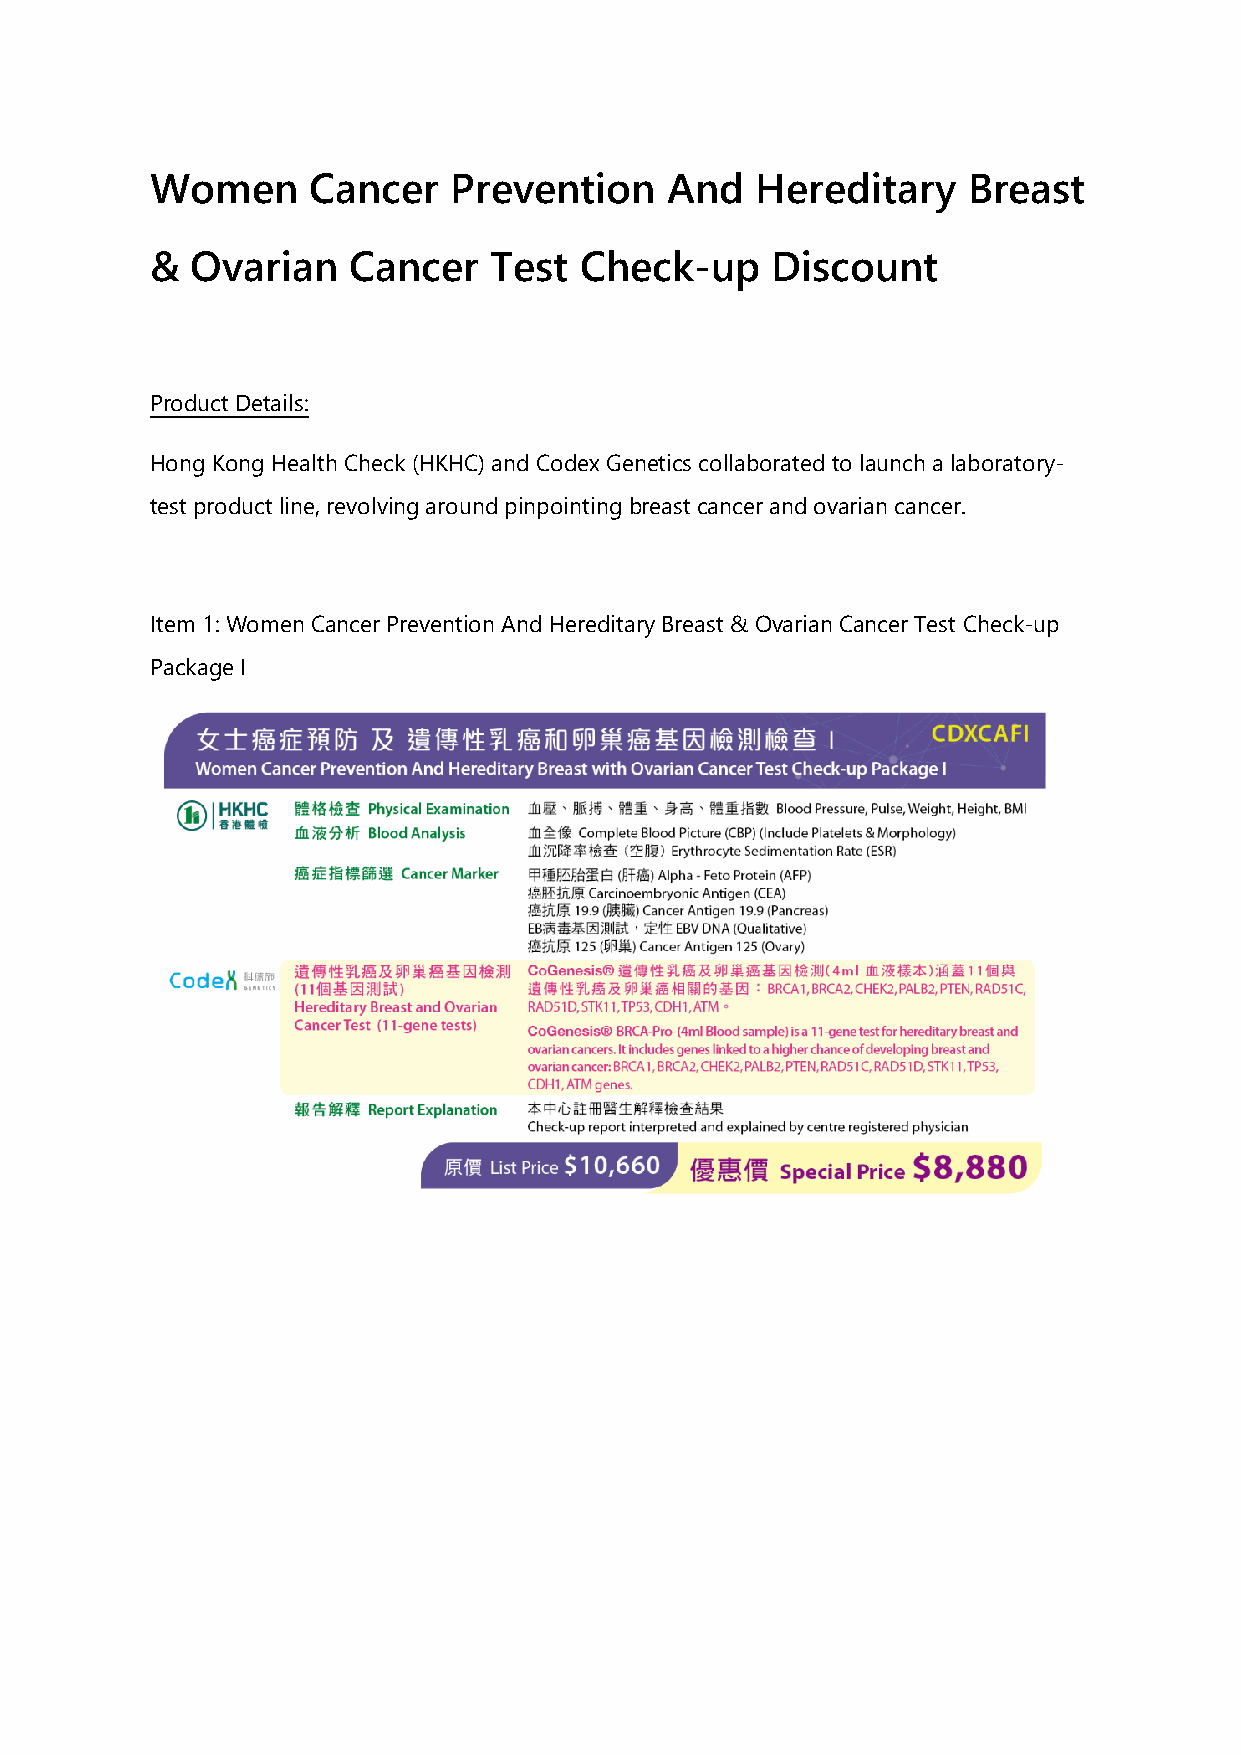
Women      Cancer   Prevention    And   Hereditary    Breast
 &  Ovarian   Cancer   Test  Check-up     Discount
 Product Details:
 Hong Kong Health Check (HKHC) and Codex Genetics collaborated to launch a laboratory-
 test product line, revolving around pinpointing breast cancer and ovarian cancer.
 Item 1: Women Cancer Prevention And Hereditary Breast & Ovarian Cancer Test Check-up
 Package I